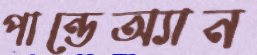
পান্ডেঅ্যান